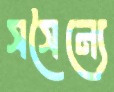
সসৈন্যে